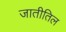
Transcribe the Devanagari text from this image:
जातीतिल